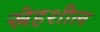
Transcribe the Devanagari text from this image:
स्नेहशील